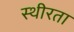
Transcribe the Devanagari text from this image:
स्थीरता